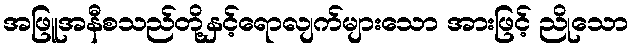
အဖြူအနီစသည်တို့နှင့်ရောလျက်များသော အားဖြင့် ညိုသော